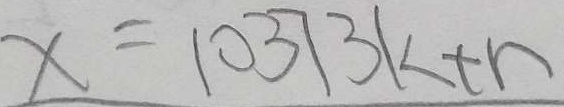
x = 1 0 3 7 3 k t n